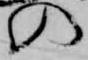
の